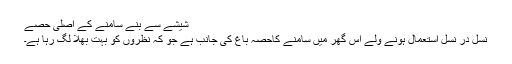
شیشے سے بنے سامنے کے اصلی حصے
نسل در نسل استعمال ہونے ولے اس گھر میں سامنے کاحصہ باغ کی جانب ہے جو کہ نظروں کو بہت بھلا لگ رہا ہے۔